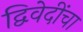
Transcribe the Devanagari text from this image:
द्विवेदींचा